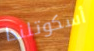
أسكوتلندا